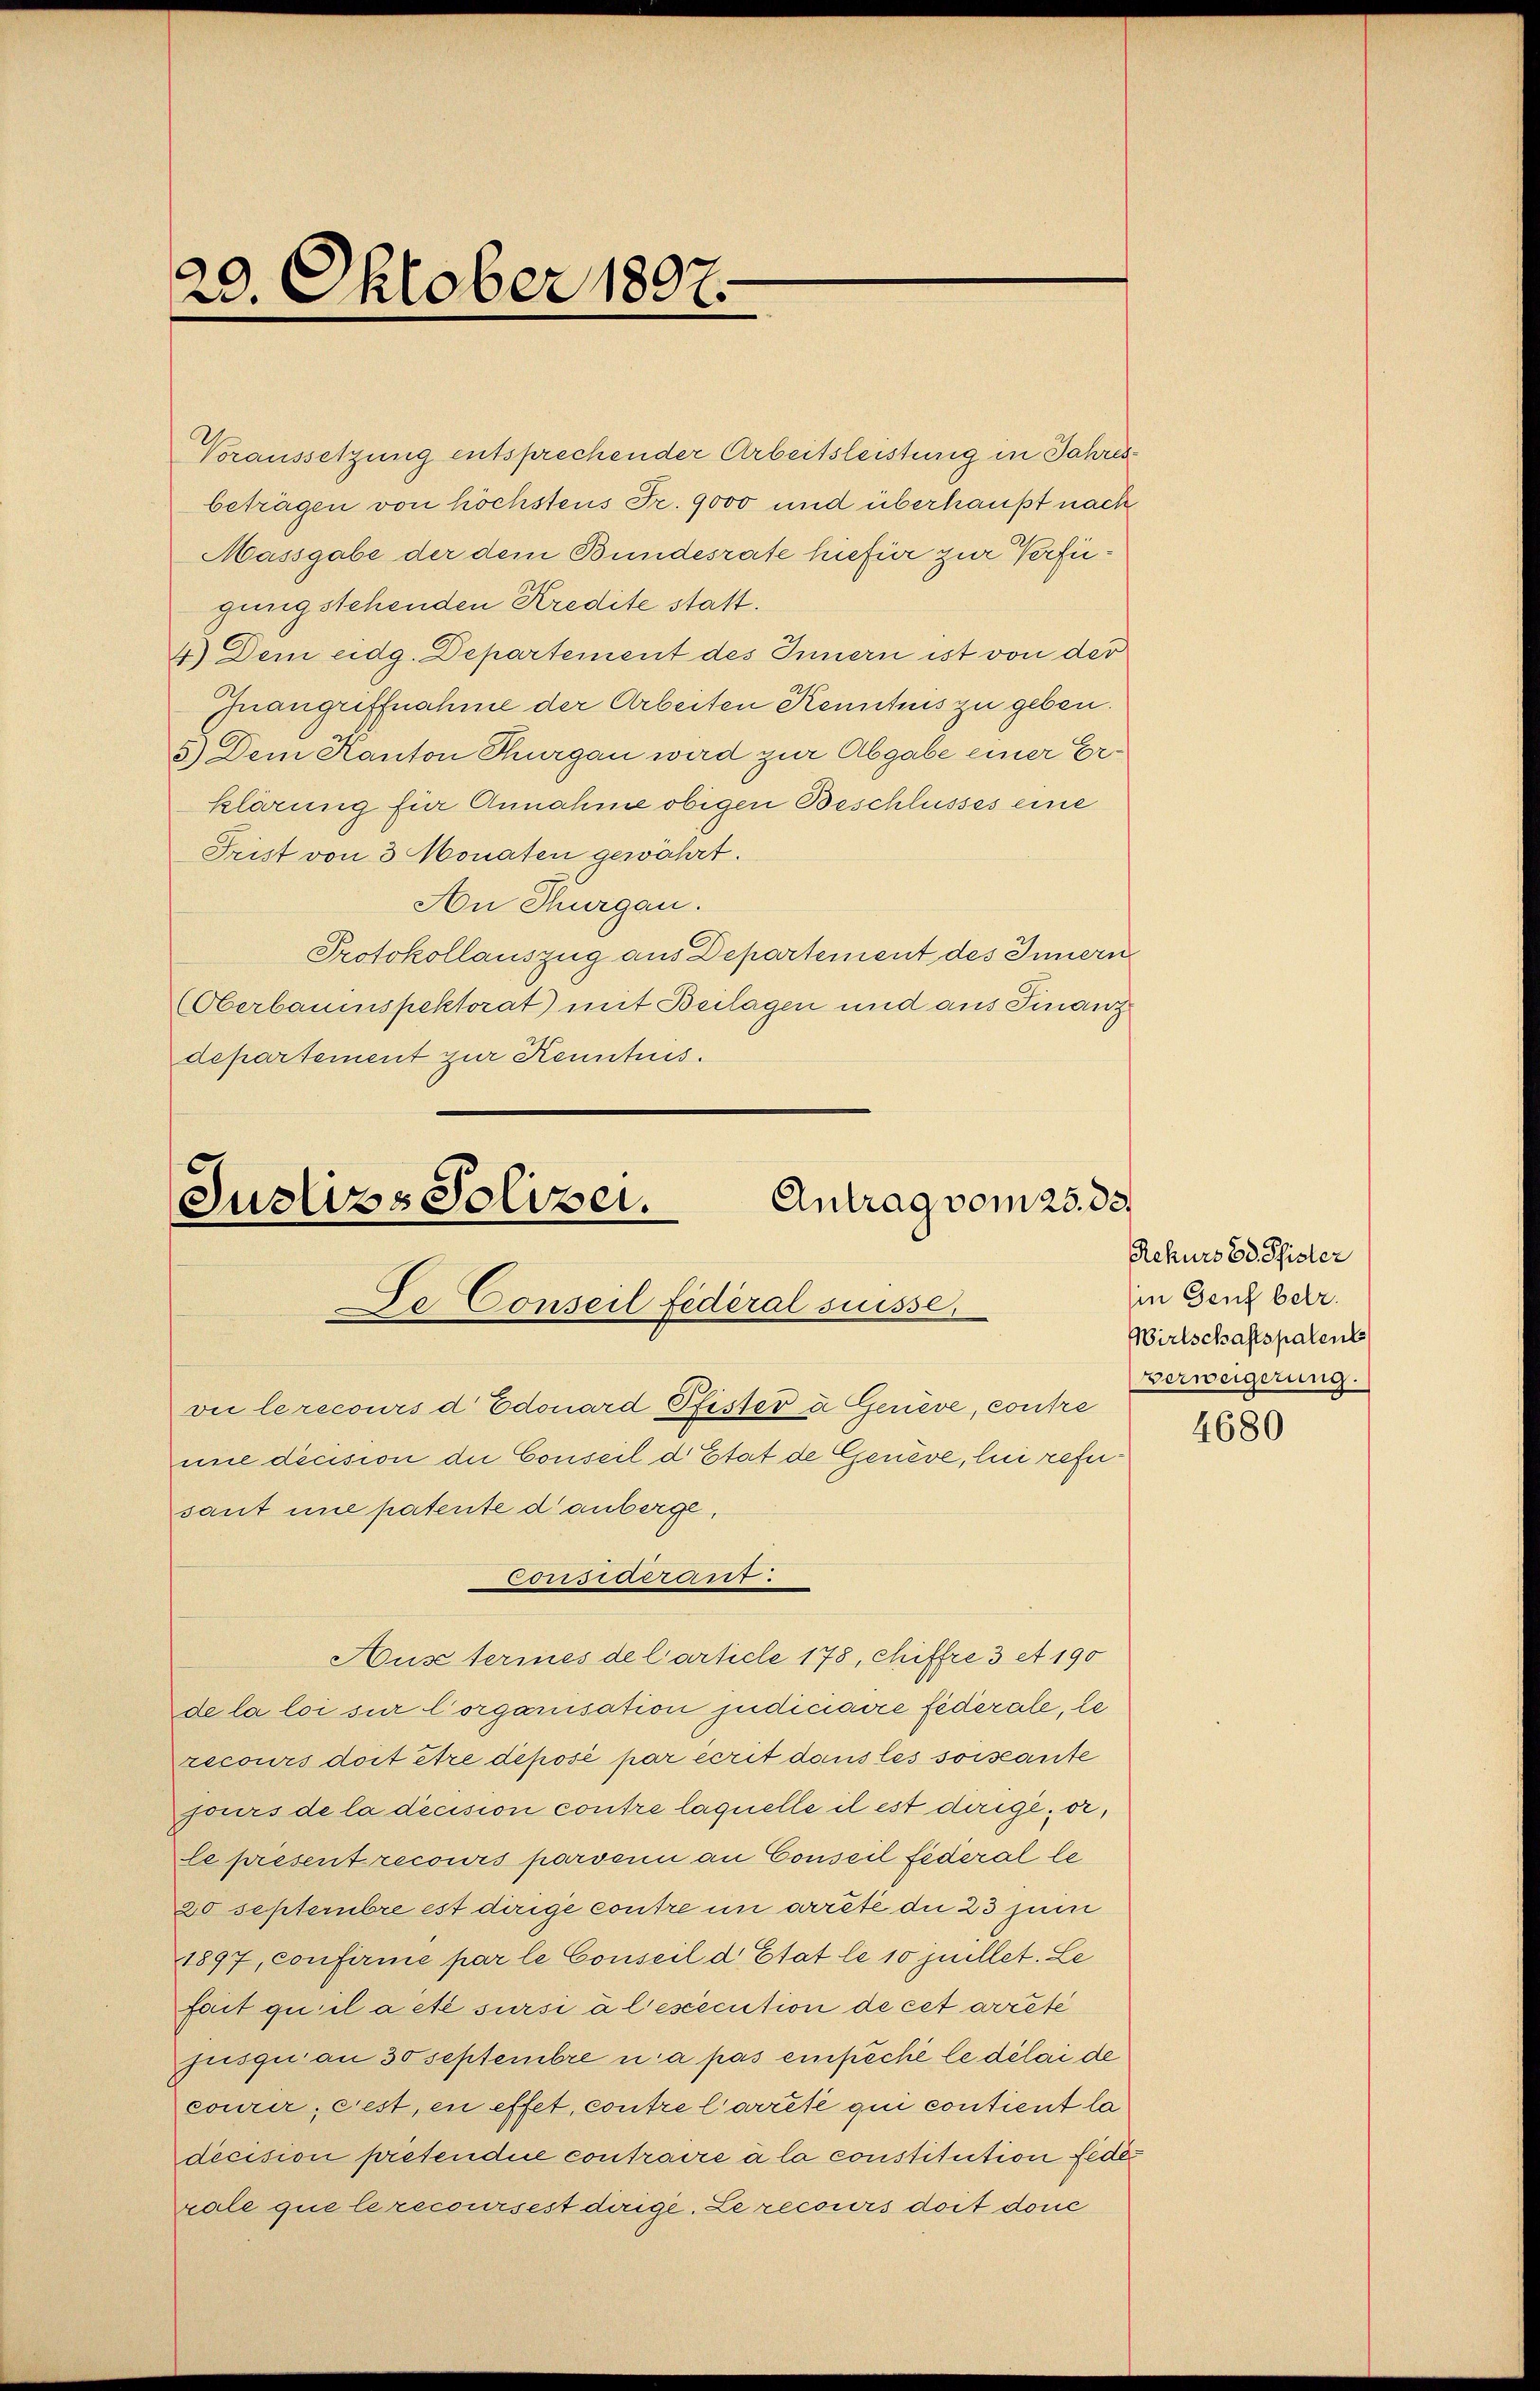
20. Oktober 1807.

gung stehenden Kredite statt.
klärung für Annahme obigen Beschlusses eine
Trist von 3 Monaten gewährt.
An Thurgau.
Protokollauszug aus Departement des Innern
(Oberbauinspektorat) mit Beilagen und aus Finanz
departement zur Kenntnis.

Antrag vom 25. 33.
Juslers Solizei.
De Conseil Federal suisse,
vie le recours d Edouard Pfister à Genève, contre

sant une patente d. anberge,
Austerines de Carticle 178, chiffre 3 A 190
de la loi sur lorganisation judiciaire fédérale, le
recours doit être déposé par écrit dans les soisante
jours de la décision contre laquelle il est dirige, er,
le present recours parsann an Conseil fédéral le
20 septembre est dirige contre in arrête die 23 zum
1897, confirme par le Conseil d Etat le 10 puellet. Le
fait qu’il a été sursi à l’esecution de cet arrêté
jusquan 30 septembre u. a pas einfache le délai de
courer, cest, en effet, contre l’arrête qui contient la
decision prétendice contraire à la constitution fide
rale que le recoursest dirige. Le recours doit donc

mne decision die Conseil d Etat de Genève, le refe¬

Corswaren.

Voraussetzung entsprechender Arbeitsleistung in Jahresbeträgen von höchstens Fr. 9000 und überhaupt nach
Massgabe der dem Bundesrate hiefür zur Verfü¬
4.) Dem eidg. Departement des Innern ist von der
Inangriffnahme der Arbeiten Kenntnis zu geben.
5.) Dem Kanton Thurgau wird zur Abgabe einer Er¬

Rekurs 30 Pfister
in Genf betr.
Wirtschaftspatent
verweigerung.

4680